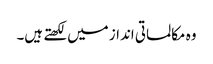
وہ مکالماتی انداز میں لکھتے ہیں۔